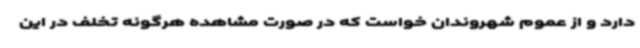
دارد و از عموم شهروندان خواست که در صورت مشاهده هرگونه تخلف در این